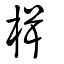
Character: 楫